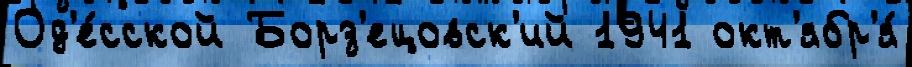
Од'е́сской Борз'ецовск'ий 1941 окт'ябр'я́